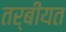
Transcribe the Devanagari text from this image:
तर्बीयत